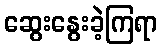
ဆွေးနွေးခဲ့ကြရာ